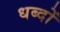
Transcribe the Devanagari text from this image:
धब्दों